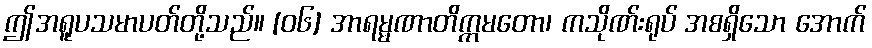
ဤအရူပသမာပတ်တို့သည်။ [၀၆] အာရမ္မဏာတိက္ကမတော၊ ကသိုဏ်းရုပ် အစရှိသော အောက်